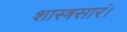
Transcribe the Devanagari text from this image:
शास्त्रसारं।